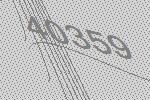
40359